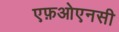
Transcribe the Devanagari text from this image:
एफ़ओएनसी